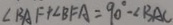
\angle B A F + \angle B F A = 9 0 ^ { \circ } - \angle B A C